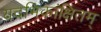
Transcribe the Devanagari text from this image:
यदभिकांक्षितम्